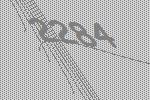
2284